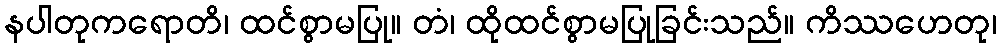
နပါတုကရောတိ၊ ထင်စွာမပြု။ တံ၊ ထိုထင်စွာမပြုခြင်းသည်။ ကိဿဟေတု၊